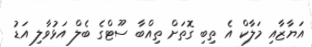
އަޔާޒާއި މަލާކް އެ ތިބި ގޮތަށް ތިއްބާ ސޫޓްގެ ބެލް އަޅުވާލި އަޑު